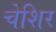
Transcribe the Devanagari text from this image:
चेशिर